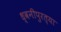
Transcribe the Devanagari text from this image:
ध्वनीपुरत्या